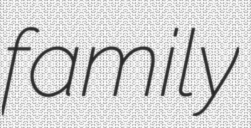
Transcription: family